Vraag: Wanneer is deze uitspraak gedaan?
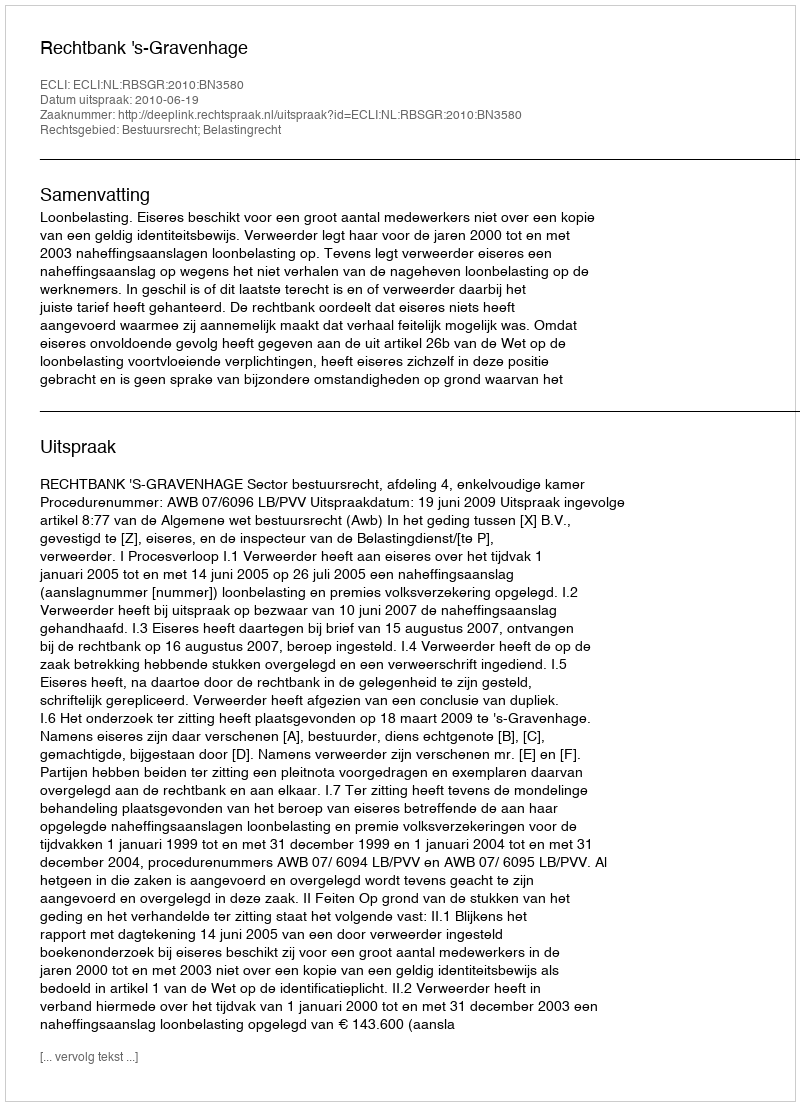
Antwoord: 2010-06-19